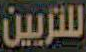
للتزيين